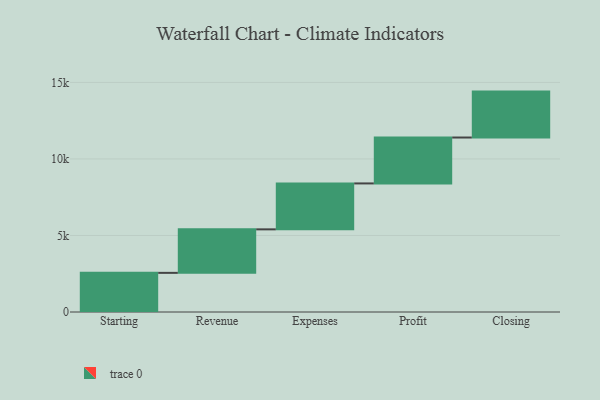
{"axis": {"x": "Step", "y": "Value"}, "legend": [""], "data": [{"x": "Starting", "y": 2557.0, "type": ""}, {"x": "Revenue", "y": 2843.0, "type": ""}, {"x": "Expenses", "y": 3000, "type": ""}, {"x": "Profit", "y": 3000, "type": ""}, {"x": "Closing", "y": 3000, "type": ""}]}